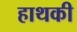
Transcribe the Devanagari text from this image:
हाथकी